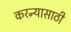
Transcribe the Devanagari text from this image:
करन्यासाठी